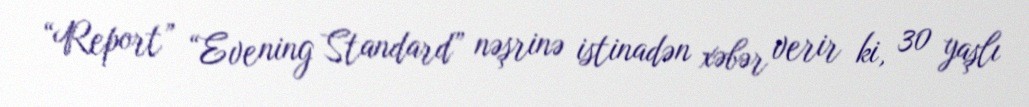
“Report” “Evening Standard” nəşrinə istinadən xəbər verir ki, 30 yaşlı